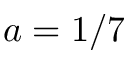
a = 1 / 7